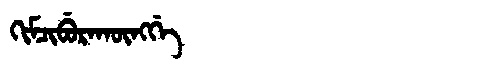
Manchu: ᡴᡳᠮᠴᡳᠪᡠᡵᠠᡴᡡᠩᡤᡝ
Romanization: KIMCIBURAKŪNGGE